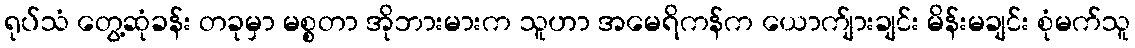
ရုပ်သံ တွေ့ဆုံခန်း တခုမှာ မစ္စတာ အိုဘားမားက သူဟာ အမေရိကန်က ယောက်ျားချင်း မိန်းမချင်း စုံမက်သူ